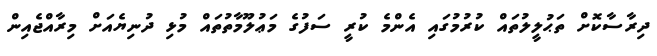
ދިރާސާކޮށް ތަޙުލީލުތައް ކުރުމުގައި އެންމެ ކުރީ ސަފުގެ މަޢުލޫމާތުތައް މުޅި ދުނިޔެއަށް މިރާއްޖެއިން